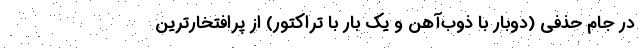
در جام حذفی (دو‌بار با ذوب‌آهن و یک بار با تراکتور) از پرافتخارترین